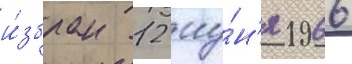
и́збран 12 иу́н'я 1966